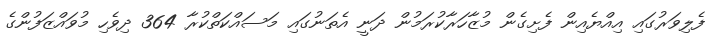
ފެލިވަރުގައި އިއްޔެއިން ފެށިގެން މުޒާހަރާކުރަމުން ދަނީ އެތަނުގައި މަސައްކަތްކުރާ 364 ދިވެހި މުވައްޒަފުންގެ